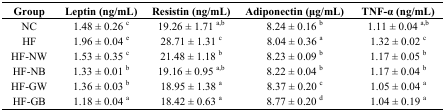
<table><thead><tr><td><b>Group</b></td><td><b>Leptin (ng/mL)</b></td><td><b>Resistin (ng/mL)</b></td><td><b>Adiponectin (μg/mL)</b></td><td><b>TNF-α (ng/mL)</b></td></tr></thead><tbody><tr><td>NC</td><td>1.48 ± 0.26 <sup>c</sup></td><td>19.26 ± 1.71 <sup>a,b</sup></td><td>8.24 ± 0.16 <sup>b</sup></td><td>1.11 ± 0.04 <sup>a,b</sup></td></tr><tr><td>HF</td><td>1.96 ± 0.04 <sup>e</sup></td><td>28.71 ± 1.31 <sup>c</sup></td><td>8.04 ± 0.36 <sup>a</sup></td><td>1.32 ± 0.02 <sup>c</sup></td></tr><tr><td>HF-NW</td><td>1.53 ± 0.35 <sup>c</sup></td><td>21.48 ± 1.18 <sup>b</sup></td><td>8.23 ± 0.09 <sup>b</sup></td><td>1.17 ± 0.05 <sup>b</sup></td></tr><tr><td>HF-NB</td><td>1.33 ± 0.01 <sup>b</sup></td><td>19.16 ± 0.95 <sup>a,b</sup></td><td>8.22 ± 0.04 <sup>b</sup></td><td>1.17 ± 0.04 <sup>b</sup></td></tr><tr><td>HF-GW</td><td>1.36 ± 0.03 <sup>b</sup></td><td>18.95 ± 1.38 <sup>a</sup></td><td>8.37 ± 0.20 <sup>c</sup></td><td>1.05 ± 0.04 <sup>a</sup></td></tr><tr><td>HF-GB</td><td>1.18 ± 0.04 <sup>a</sup></td><td>18.42 ± 0.63 <sup>a</sup></td><td>8.77 ± 0.20 <sup>d</sup></td><td>1.04 ± 0.19 <sup>a</sup></td></tr></tbody></table>